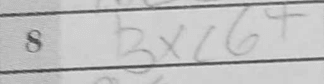
Transcription: Bxc6+